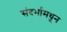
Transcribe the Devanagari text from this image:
संदर्भामधून